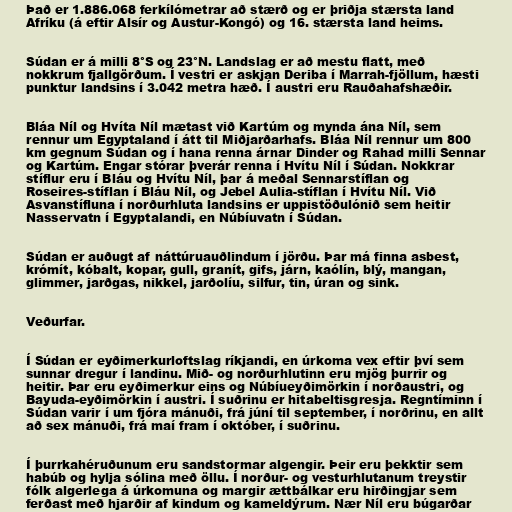
Það er 1.886.068 ferkílómetrar að stærð og er þriðja stærsta land
Afríku (á eftir Alsír og Austur-Kongó) og 16. stærsta land heims.

Súdan er á milli 8°S og 23°N. Landslag er að mestu flatt, með
nokkrum fjallgörðum. Í vestri er askjan Deriba í Marrah-fjöllum, hæsti
punktur landsins í 3.042 metra hæð. Í austri eru Rauðahafshæðir.

Bláa Níl og Hvíta Níl mætast við Kartúm og mynda ána Níl, sem
rennur um Egyptaland í átt til Miðjarðarhafs. Bláa Níl rennur um 800
km gegnum Súdan og í hana renna árnar Dinder og Rahad milli Sennar
og Kartúm. Engar stórar þverár renna í Hvítu Níl í Súdan. Nokkrar
stíflur eru í Bláu og Hvítu Níl, þar á meðal Sennarstíflan og
Roseires-stíflan í Bláu Níl, og Jebel Aulia-stíflan í Hvítu Níl. Við
Asvanstífluna í norðurhluta landsins er uppistöðulónið sem heitir
Nasservatn í Egyptalandi, en Núbíuvatn í Súdan.

Súdan er auðugt af náttúruauðlindum í jörðu. Þar má finna asbest,
krómít, kóbalt, kopar, gull, granít, gifs, járn, kaólín, blý, mangan,
glimmer, jarðgas, nikkel, jarðolíu, silfur, tin, úran og sink.

Veðurfar.

Í Súdan er eyðimerkurloftslag ríkjandi, en úrkoma vex eftir því sem
sunnar dregur í landinu. Mið- og norðurhlutinn eru mjög þurrir og
heitir. Þar eru eyðimerkur eins og Núbíueyðimörkin í norðaustri, og
Bayuda-eyðimörkin í austri. Í suðrinu er hitabeltisgresja. Regntíminn í
Súdan varir í um fjóra mánuði, frá júní til september, í norðrinu, en allt
að sex mánuði, frá maí fram í október, í suðrinu.

Í þurrkahéruðunum eru sandstormar algengir. Þeir eru þekktir sem
habúb og hylja sólina með öllu. Í norður- og vesturhlutanum treystir
fólk algerlega á úrkomuna og margir ættbálkar eru hirðingjar sem
ferðast með hjarðir af kindum og kameldýrum. Nær Níl eru búgarðar